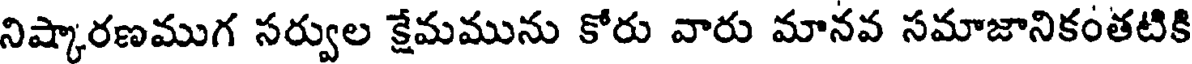
నిష్కారణముగ సర్వుల క్షేమమును కోరు వారు మానవ సమాజానికంతటికి